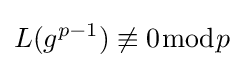
L(g^{p-1})\not \equiv 0{\bmod {p}}